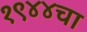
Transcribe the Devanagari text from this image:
१९४४चा